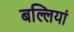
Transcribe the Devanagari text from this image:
बल्लियां